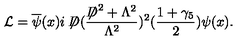
{ \cal L } = \overline { { \psi } } ( x ) i \not { \! \! D } ( \frac { \not { \! \! D } ^ { 2 } + \Lambda ^ { 2 } } { \Lambda ^ { 2 } } ) ^ { 2 } ( \frac { 1 + \gamma _ { 5 } } { 2 } ) \psi ( x ) .